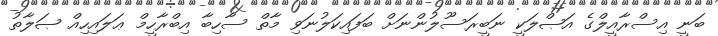
ބަނީ އިސްރާއީލްގެ އަޞްލަކީ ނަބީރަސޫލުންނަށް ބަފައިކަލުނަވި މާތް ސާހިބާ އިބްރާހީމް ޢަލައިހިއް ޞަލާތު